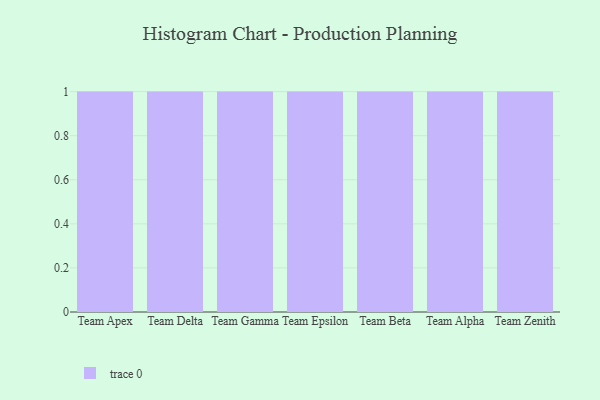
{"axis": {"x": "Team", "y": "LTV (USD)"}, "legend": [""], "data": [{"x": "Team Apex", "y": 27, "type": ""}, {"x": "Team Delta", "y": 54, "type": ""}, {"x": "Team Gamma", "y": 9, "type": ""}, {"x": "Team Epsilon", "y": 41, "type": ""}, {"x": "Team Beta", "y": 72, "type": ""}, {"x": "Team Alpha", "y": 68, "type": ""}, {"x": "Team Zenith", "y": 91, "type": ""}]}